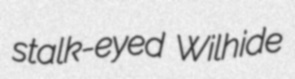
stalk-eyed Wilhide